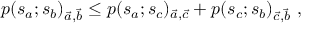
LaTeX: p ( s _ { a } ; s _ { b } ) _ { \vec { a } , \vec { b } } \leq p ( s _ { a } ; s _ { c } ) _ { \vec { a } , \vec { c } } + p ( s _ { c } ; s _ { b } ) _ { \vec { c } , \vec { b } } \, \, ,